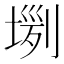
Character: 𡎗